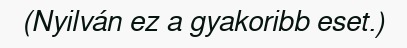
(Nyilván ez a gyakoribb eset.)